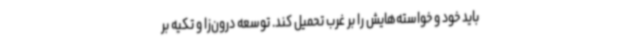
باید خود و خواسته‌هایش را بر غرب تحمیل کند. توسعه درون‌زا و تکیه بر